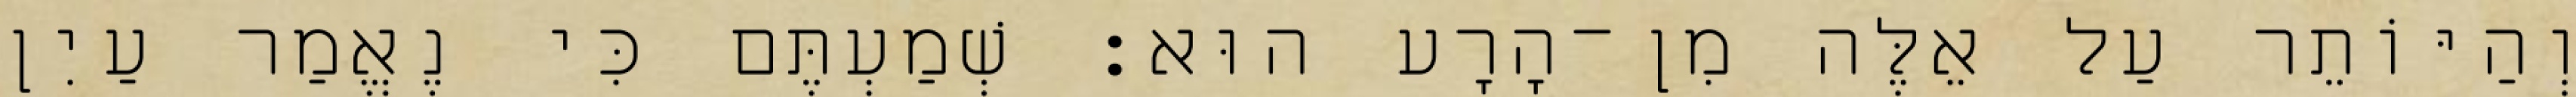
וְהַיּוֹתֵר עַל אֵלֶּה מִן־הָרָע הוּא׃ שְׁמַעְתֶּם כִּי נֶאֱמַר עַיִן